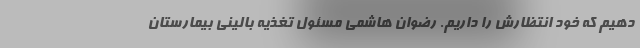
دهیم که خود انتظارش را داریم. رضوان هاشمی مسئول تغذیه بالینی بیمارستان